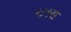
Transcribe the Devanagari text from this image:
१३१वा